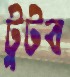
টুটব